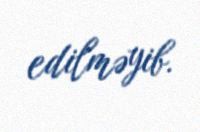
edilməyib.